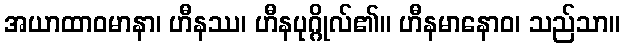
အယာထာဝမာနာ၊ ဟီနဿ၊ ဟီနပုဂ္ဂိုလ်၏။ ဟီနမာနောဝ၊ သည်သာ။